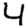
Digit: 4